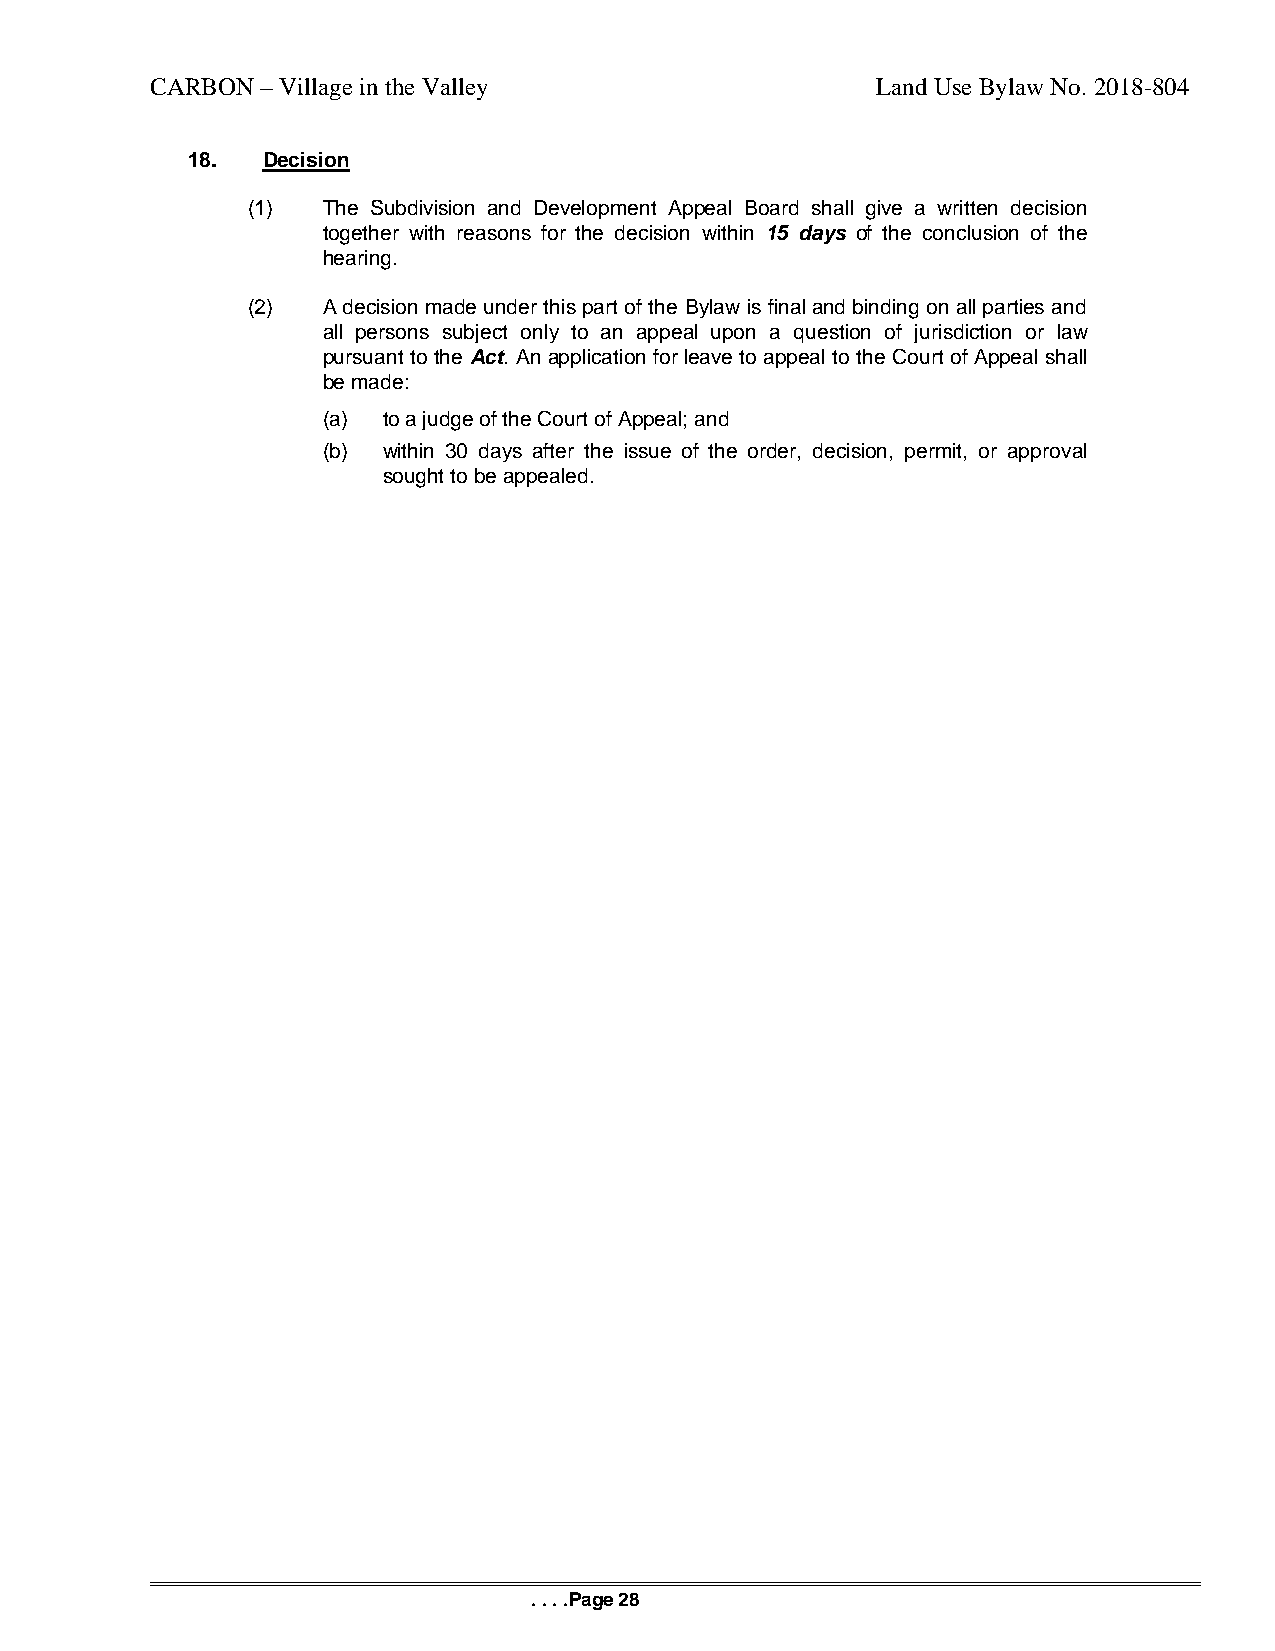
CARBON – Village in the Valley                  Land Use Bylaw No. 2018-804
 18.  Decision
 (1)  The Subdivision and Development Appeal Board shall give a written decision
 together with reasons for the decision within 15 days of the conclusion of the
 hearing.
 (2)  A decision made under this part of the Bylaw is final and binding on all parties and
 all persons subject only to an appeal upon a question of jurisdiction or law
 pursuant to the Act. An application for leave to appeal to the Court of Appeal shall
 be made:
 (a) to a judge of the Court of Appeal; and
 (b) within 30 days after the issue of the order, decision, permit, or approval
 sought to be appealed.
 . . . .Page 28